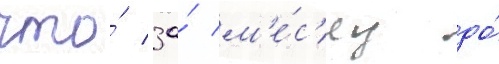
что́ за́ м'е́с'яц до́